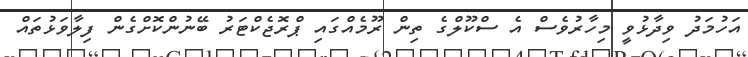
އަހުމަދު ވިދާޅުވީ މިހާރުވެސް އެ ސްކޫލްގެ ތިން ރޫމެއްގައި ޕްރޮޖެކްޓަރު ބޭނުންކޮށްގެން ފިލާވަޅުތައް